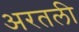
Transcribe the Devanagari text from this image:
अरतली